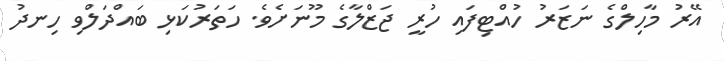
އޭރު މާހިލްގެ ނަޒަރު ހުއްޓިފައި ހުރީ ޖަޒްލާގެ މޫނަށެވެ. ހަތަރުކަޅި ބައްދަލްވި ހިނދު